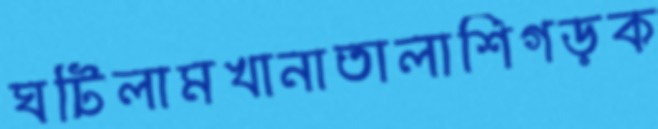
ঘটিলামখানাতালাশিগড়ক